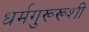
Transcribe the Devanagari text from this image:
धर्मगुरूरूशी